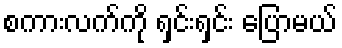
စကားလက်ကို ရှင်းရှင်း ပြောမယ်